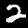
Digit: 2